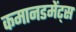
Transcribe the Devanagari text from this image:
कमानडमेंट्स